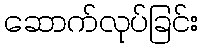
ဆောက်လုပ်ခြင်း